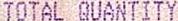
TOTAL QUANTITY